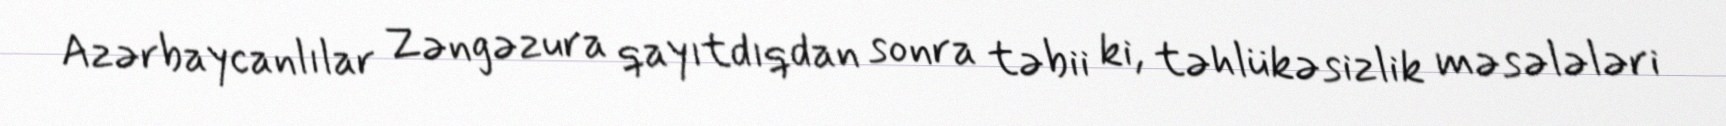
Azərbaycanlılar Zəngəzura qayıtdıqdan sonra təbii ki, təhlükəsizlik məsələləri